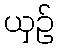
ယှဉ်